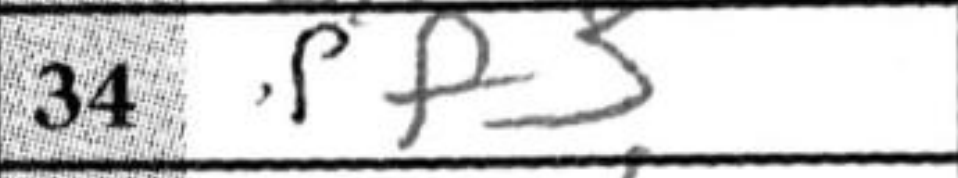
Transcription: f3